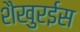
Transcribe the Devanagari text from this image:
शैखुरईस